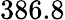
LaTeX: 386.8